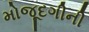
મોજૂદગીની